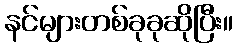
နင်များတစ်ခုခုဆိုပြီး။